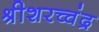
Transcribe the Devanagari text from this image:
श्रीशरच्चंद्र